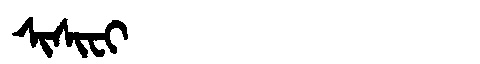
Manchu: ᠰᡳᠰᡳᠸᡳ
Romanization: SISIFI